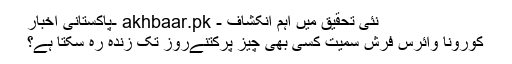
نئی تحقیق میں اہم انکشاف - akhbaar.pk -پاکستانی اخبار
کورونا وائرس فرش سمیت کسی بھی چیز پرکتنےروز تک زندہ رہ سکتا ہے؟